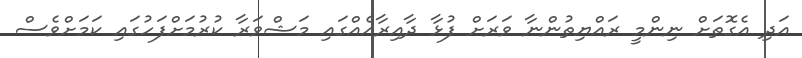
އަދި އެގޮތަށް ނިންމީ ރައްޔިތުންނާ ވަރަށް ފުޅާ ދާއިރާއެއްގައި މަޝްވަރާ ކުރުމަށްފަހުގައި ކަމަށްވެސް